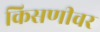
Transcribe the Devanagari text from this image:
किसणीवर